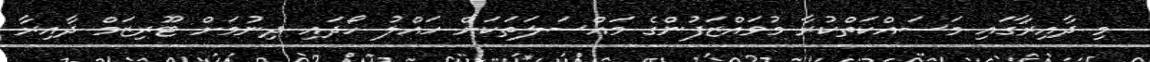
މި ދާއިރާގައި މަސައްކަތްކުރާ މުވައްޒަފުންގެ މައްސަލަތަކަށް ހައްލު ހޯދައި ދިނުމަށް ޓޫރިޒަމް ދާއިރާ